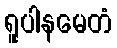
ရူပါနမေတံ